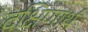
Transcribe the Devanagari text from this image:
दक्षिणार्थ